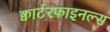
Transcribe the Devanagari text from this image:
क्वार्टरफाइनल्स